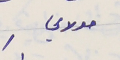
مولاي